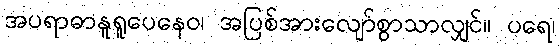
အပရာဓာနူရူပေနေဝ၊ အပြစ်အားလျော်စွာသာလျှင်။ ပရေ၊